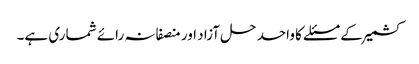
کشمیر کے مسئلے کا واحد حل آزاد اور منصفانہ رائے شماری ہے۔